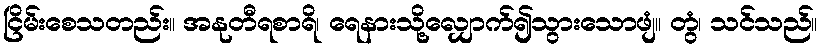
ငြိမ်းစေသတည်း။ အနုတီရစာရိ၊ ရေနားသို့လျှောက်၍သွားသောဖျံ။ တွံ၊ သင်သည်။